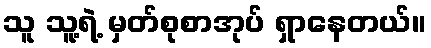
သူ သူ့ရဲ့ မှတ်စုစာအုပ် ရှာနေတယ်။